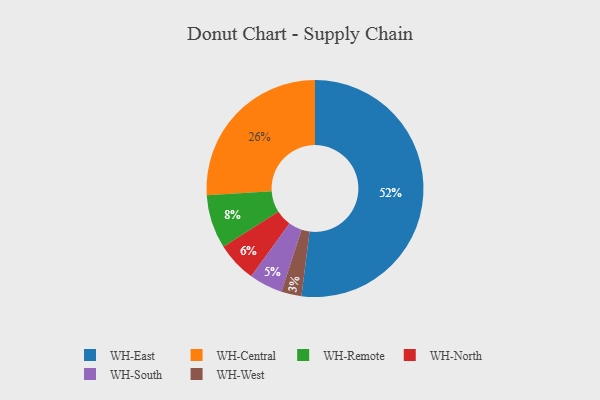
{"axis": {"x": "Category", "y": "Percentage"}, "legend": ["WH-Central", "WH-East", "WH-North", "WH-Remote", "WH-South", "WH-West"], "data": [{"x": "WH-South", "y": 5, "type": "WH-South"}, {"x": "WH-West", "y": 3, "type": "WH-West"}, {"x": "WH-Central", "y": 26, "type": "WH-Central"}, {"x": "WH-North", "y": 6, "type": "WH-North"}, {"x": "WH-Remote", "y": 8, "type": "WH-Remote"}, {"x": "WH-East", "y": 52, "type": "WH-East"}]}